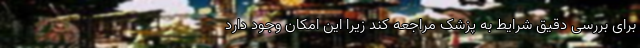
برای بررسی دقیق شرایط به پزشک مراجعه کند زیرا این امکان وجود دارد